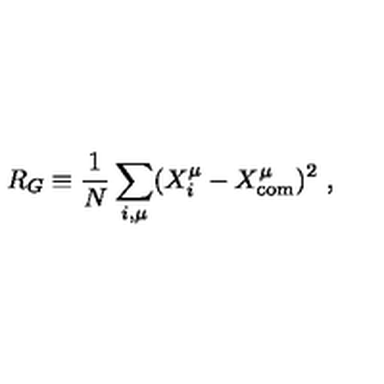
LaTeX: R _ { G } \equiv \frac { 1 } { N } \sum _ { i , \mu } ( X _ { i } ^ { \mu } - X _ { \mathrm { { c o m } } } ^ { \mu } ) ^ { 2 } \ , \protect